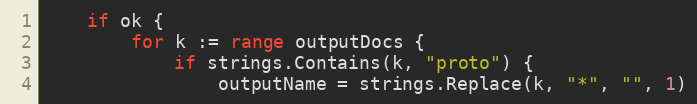
Language: Go
	if ok {
		for k := range outputDocs {
			if strings.Contains(k, "proto") {
				outputName = strings.Replace(k, "*", "", 1)